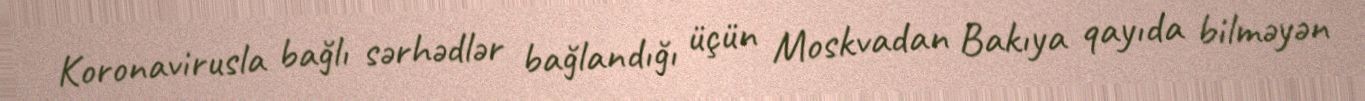
Koronavirusla bağlı sərhədlər bağlandığı üçün Moskvadan Bakıya qayıda bilməyən